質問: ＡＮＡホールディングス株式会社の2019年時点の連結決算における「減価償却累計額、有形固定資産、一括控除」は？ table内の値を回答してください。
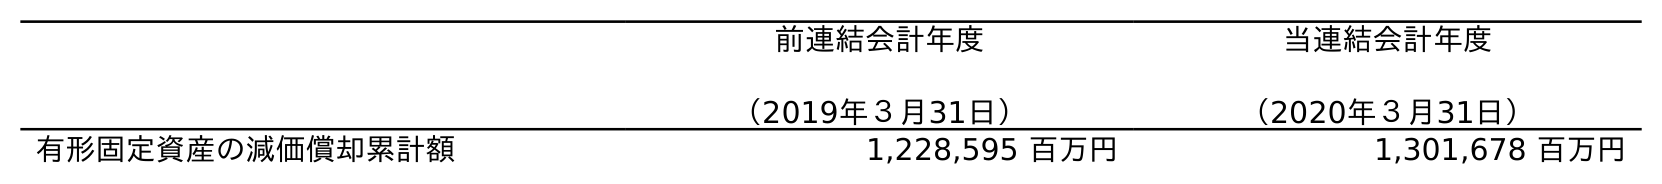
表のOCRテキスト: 前連結会計年度 （2019年３月31日） 当連結会計年度 （2020年３月31日） 有形固定資産の減価償却累計額 1,228,595 百万円 1,301,678 百万円
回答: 1,228,595百万円